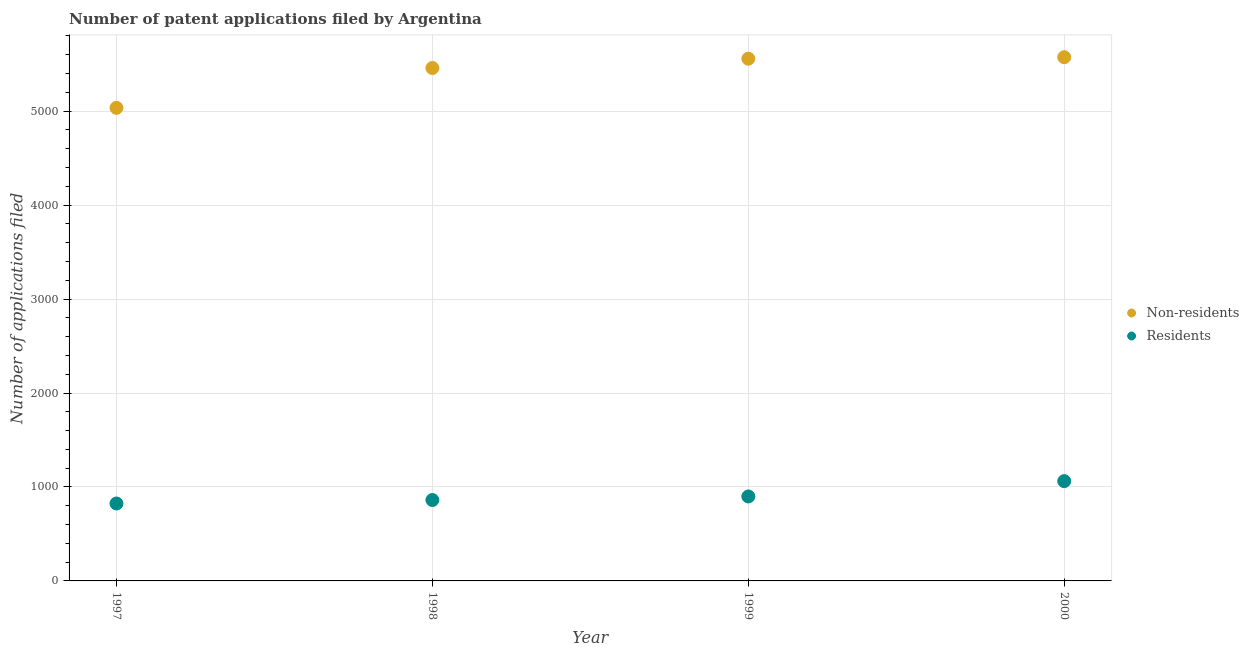
| Year | Non-residents | Residents |
 | --- | --- | --- |
 | 1997 | 5.04e+03 | 824 |
 | 1998 | 5.46e+03 | 861 |
 | 1999 | 5.56e+03 | 899 |
 | 2000 | 5.57e+03 | 1.06e+03 |